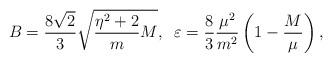
LaTeX: \begin{align*}B= \frac{8\sqrt{2}}{3} \sqrt{ \frac{\eta^2 + 2}{m} M }, \; \; \varepsilon = \frac{8}{3} \frac{\mu^2}{m^2} \left( 1 - \frac{M}{\mu}\right),\end{align*}